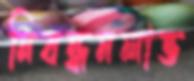
নিবন্ধনলাভ